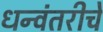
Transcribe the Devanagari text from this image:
धन्वंतरीचे